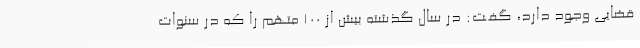
قضایی وجود دارد، گفـت: در سال گذشته بیش از ۱۰۰ متهم را که در سنوات